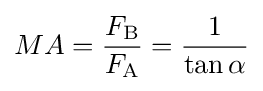
MA={\frac {F_{\mathrm {B} }}{F_{\mathrm {A} }}}={\frac {1}{\tan {\alpha }}}